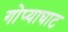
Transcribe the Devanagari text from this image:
गोप्याघाट